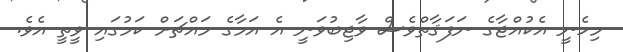
މިހެނީ އެކުއްޖާގެ ނަފަޤާތްވެސް ވާޖިބުވަނީ އެ އަމާގެ މައްޗަށް ކަމުގައި ވީތީ އެވެ.